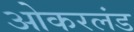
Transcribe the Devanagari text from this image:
ओकरलंड